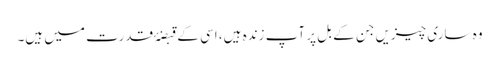
وہ ساری چیزیں جن کے بل پر آپ زندہ ہیں، اسی کے قبضۂ قدرت میں ہیں۔